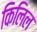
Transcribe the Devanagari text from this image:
किलिल